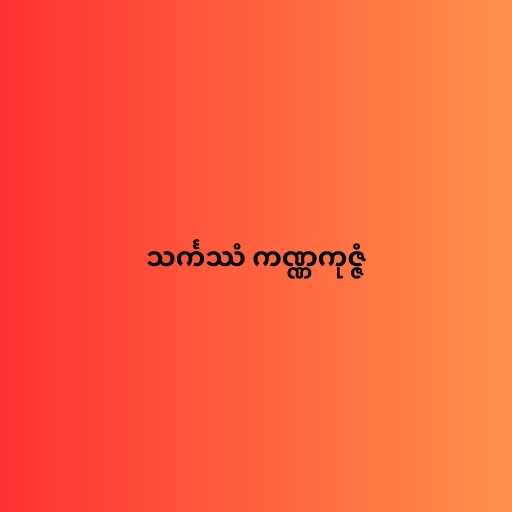
သင်္ကဿံ ကဏ္ဏကုဇ္ဇံ